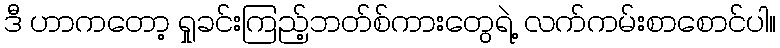
ဒီ ဟာကတော့ ရှုခင်းကြည့်ဘတ်စ်ကားတွေရဲ့ လက်ကမ်းစာစောင်ပါ။